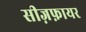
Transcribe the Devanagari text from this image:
सीज़फ़ायर